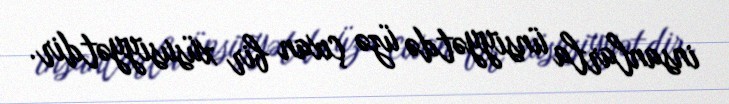
insanlarla ünsiyyətdə üzə çıxan bir xüsusiyyətdir.